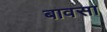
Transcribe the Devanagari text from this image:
बावसा